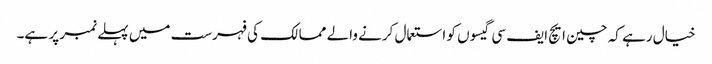
خیال رہے کہ چین ایچ ایف سی گیسوں کو استعمال کرنے والے ممالک کی فہرست میں پہلے نمبر پر ہے۔